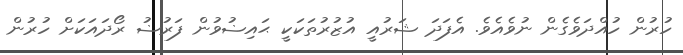
ހުރުން ހުއްދަވެގެން ނުވެއެވެ. އެފަދަ ޝަރުއީ އުޒުރުތަކަކީ ޙައިޟުވުން ފަރުޟު ރޯދައަކަށް ހުރުން